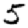
Digit: 5